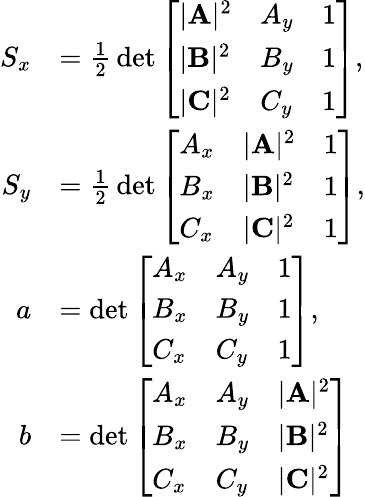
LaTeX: {\begin{array}{rl}{S_{x}}&{={\frac{1}{2}}\operatorname*{det}{\left[\begin{array}{lll}{|\mathbf{A}|^{2}}&{A_{y}}&{1}\\ {|\mathbf{B}|^{2}}&{B_{y}}&{1}\\ {|\mathbf{C}|^{2}}&{C_{y}}&{1}\end{array}\right]},}\\ {S_{y}}&{={\frac{1}{2}}\operatorname*{det}{\left[\begin{array}{lll}{A_{x}}&{|\mathbf{A}|^{2}}&{1}\\ {B_{x}}&{|\mathbf{B}|^{2}}&{1}\\ {C_{x}}&{|\mathbf{C}|^{2}}&{1}\end{array}\right]},}\\ {a}&{=\operatorname*{det}{\left[\begin{array}{lll}{A_{x}}&{A_{y}}&{1}\\ {B_{x}}&{B_{y}}&{1}\\ {C_{x}}&{C_{y}}&{1}\end{array}\right]},}\\ {b}&{=\operatorname*{det}{\left[\begin{array}{lll}{A_{x}}&{A_{y}}&{|\mathbf{A}|^{2}}\\ {B_{x}}&{B_{y}}&{|\mathbf{B}|^{2}}\\ {C_{x}}&{C_{y}}&{|\mathbf{C}|^{2}}\end{array}\right]}}\end{array}}